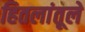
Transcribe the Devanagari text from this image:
हितलांतूले